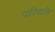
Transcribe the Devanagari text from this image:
पारिवाकि